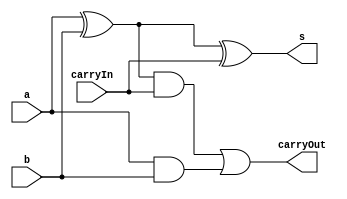
// -------------------------
// Exemplo0034
// Nome: Breno Macena Pereira de Souza
// -------------------------
// -------------------------
// full adder
// -------------------------
module fullAdder (output s, output carryOut, input a, input b, input carryIn);
   wire s0;

   xor XOR1 (s0, a, b);
   xor XOR2 (s, s0, carryIn);

   xor XOR3 (s1, a, b);
   and AND1 (s2, s1, carryIn);
   and AND2 (s3, a, b);
   or OR1 (carryOut, s2, s3);

endmodule // fullAdder

module fullAdder1 (output [2:0] s, output carryOut, output flag, output overflow,
                   input [2:0] a, input [2:0] b, input carryIn);
   wire s0, s1, s2, s3, s4, s5;

   xor XOR1 (s0, carryIn, b[0]);
   xor XOR2 (s1, carryIn, b[1]);
   xor XOR3 (s2, carryIn, b[2]);

   fullAdder FULL1 (s[0], s3, s0, a[0], carryIn);
   fullAdder FULL2 (s[1], s4, s1, a[1], s3);
   fullAdder FULL3 (s[2], s5, s2, a[2], s4);

   xor XOR4 (carryOut, s5, carryIn);
   nor NOR1 (flag, s[0], s[1], s[2]);

   xor XOR5 (s6, s4, s5);
   or OR1 (overflow, carryOut, s6);

endmodule

module test_fullAdder;

   reg [2:0] x;
   reg [2:0] y;
   reg carryIn;
   wire carryOut;
   wire flag;
   wire overflow;
   wire [2:0] soma;

   fullAdder1 FULL (soma, carryOut, flag, overflow, x, y, carryIn);

initial begin
   $display("Exemplo0034 - Breno Macena - 462017");
   $display("Test ALUs full adder/diff");

#1 x = 3'b111; y = 3'b001; carryIn = 0;
#1 $display("%b + %b = %b - overflow = %b",x,y,soma,overflow);
#1 x = 3'b010; y = 3'b010; carryIn = 0;
#1 $display("%b + %b = %b - overflow = %b",x,y,soma,overflow);
#1 x = 3'b100; y = 3'b010; carryIn = 1;
#1 $display("%b - %b = %b - overflow = %b",x,y,soma,overflow);
#1 x = 3'b100; y = 3'b001; carryIn = 0;
#1 $display("%b + %b = %b - overflow = %b",x,y,soma,overflow);
#1 x = 3'b001; y = 3'b001; carryIn = 0;
#1 $display("%b + %b = %b - overflow = %b",x,y,soma,overflow);


end
endmodule // test_fullAdder